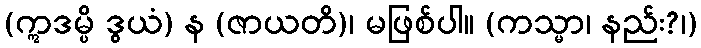
(ဣဒမ္ပိ ဒွယံ) န (ဇာယတိ)၊ မဖြစ်ပါ။ (ကသ္မာ၊ နည်း?၊)